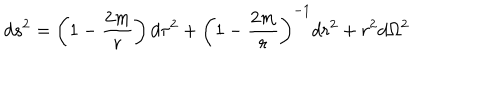
LaTeX: d s ^ { 2 } = \left( 1 - { \frac { 2 m } { r } } \right) d \tau ^ { 2 } + \left( 1 - { \frac { 2 m } { r } } \right) ^ { - 1 } d r ^ { 2 } + r ^ { 2 } d \Omega ^ { 2 }